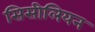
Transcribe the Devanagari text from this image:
सिसीलियन